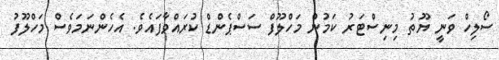
ސޯލިހް ވަނީ ޔޫތު މިނިސްޓަރު ކަމުން މަހްލޫފް ސަސްޕެންޑް ކުރައްވާފައެވެ. އެހެންނަމަވެސް މަހްލޫފު